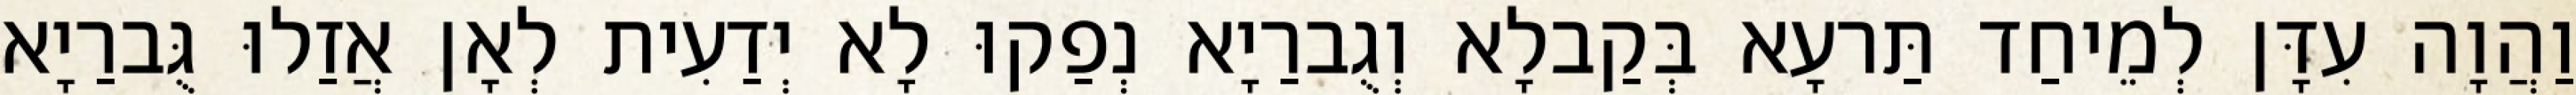
וַהֲוָה עִדָּן לְמֵיחַד תַּרעָא בְּקַבלָא וְגֻברַיָא נְפַקוּ לָא יְדַעִית לְאָן אֲזַלוּ גֻּברַיָא